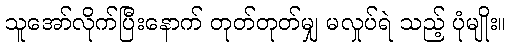
သူအော်လိုက်ပြီးနောက် တုတ်တုတ်မျှ မလှုပ်ရဲ သည့် ပုံမျိုး။